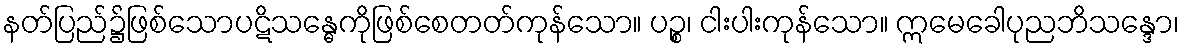
နတ်ပြည်၌ဖြစ်သောပဋိသန္ဓေကိုဖြစ်စေတတ်ကုန်သော။ ပဉ္စ၊ ငါးပါးကုန်သော။ ဣမေခေါပုညဘိသန္ဒော၊